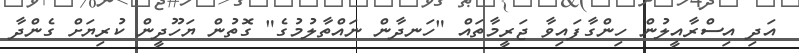
އަދި އިސްރާއީލުން ހިންގާފައިވާ ޖަރީމާތައް "ހަނދާން ނައްތާލުމުގެ" ގޮތުން ޔަހޫދީން ކުރިޔަށް ގެންދާ